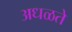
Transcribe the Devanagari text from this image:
अधळते